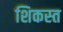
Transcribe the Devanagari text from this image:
शिकस्‍त